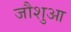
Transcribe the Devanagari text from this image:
जौशुआ